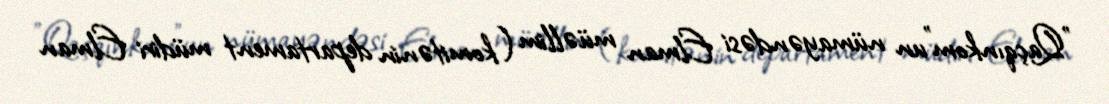
”Qaçqınkom"un nümayəndəsi Elman müəllim (komitənin departament müdiri Elman